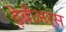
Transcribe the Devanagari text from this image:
ड़ेबीअर्स